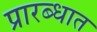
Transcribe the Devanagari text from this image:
प्रारब्धात